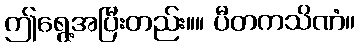
ဤရွေ့အပြီးတည်း။။ ပီတကသိဏံ။